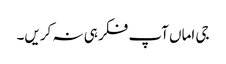
جی اماں آپ فکر ہی نہ کریں۔